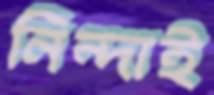
নিন্দাই